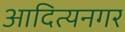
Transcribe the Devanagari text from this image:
आदित्यनगर